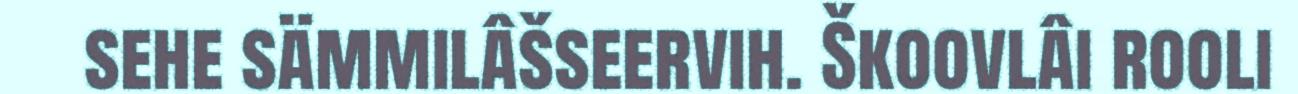
sehe sämmilâšseervih. Škoovlâi rooli